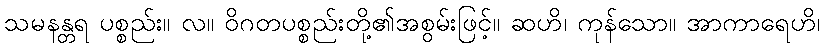
သမနန္တရ ပစ္စည်း။ လ။ ဝိဂတပစ္စည်းတို့၏အစွမ်းဖြင့်။ ဆဟိ၊ ကုန်သော။ အာကာရေဟိ၊